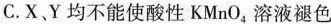
C.X、Y均不能使酸性KMnO_{4}，溶液褪色